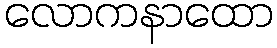
လောကနာထော